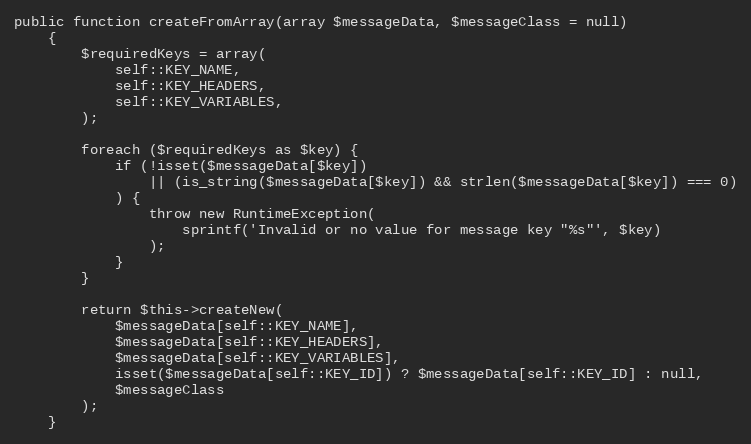
Language: PHP
public function createFromArray(array $messageData, $messageClass = null)
    {
        $requiredKeys = array(
            self::KEY_NAME,
            self::KEY_HEADERS,
            self::KEY_VARIABLES,
        );

        foreach ($requiredKeys as $key) {
            if (!isset($messageData[$key])
                || (is_string($messageData[$key]) && strlen($messageData[$key]) === 0)
            ) {
                throw new RuntimeException(
                    sprintf('Invalid or no value for message key "%s"', $key)
                );
            }
        }

        return $this->createNew(
            $messageData[self::KEY_NAME],
            $messageData[self::KEY_HEADERS],
            $messageData[self::KEY_VARIABLES],
            isset($messageData[self::KEY_ID]) ? $messageData[self::KEY_ID] : null,
            $messageClass
        );
    }